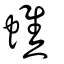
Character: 蟭